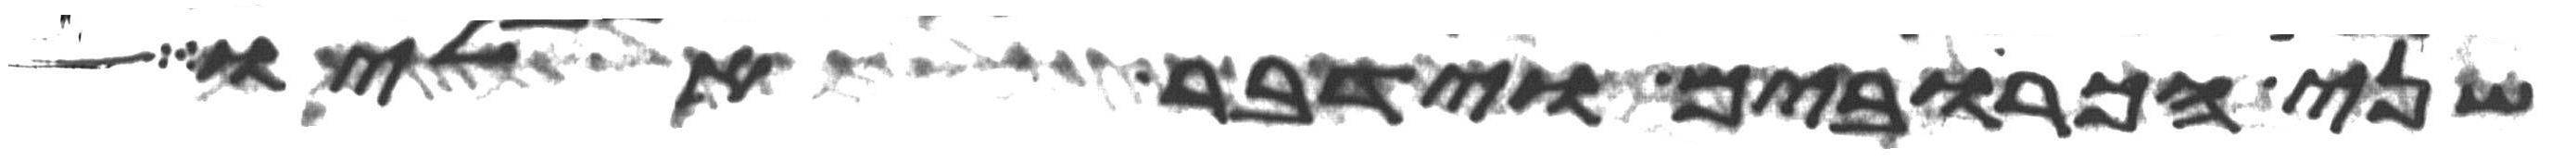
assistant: שני הכרובים וידבר אליו